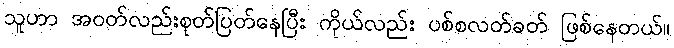
သူဟာ အဝတ်လည်းစုတ်ပြတ်နေပြီး ကိုယ်လည်း ပစ်စလတ်ခတ် ဖြစ်နေတယ်။